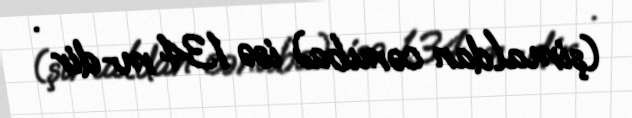
(şimaldan cənuba) isə 134 m-dir .